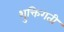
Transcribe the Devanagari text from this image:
शुक्तिगती